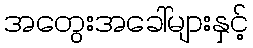
အတွေးအခေါ်များနှင့်